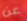
عن